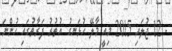
- 12 ޖުލައި 2015 މިއީ މާލޭ ހުޅަނގު އުތުރު ފަރާތުގައި ހުންނަ